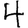
Digit: 4